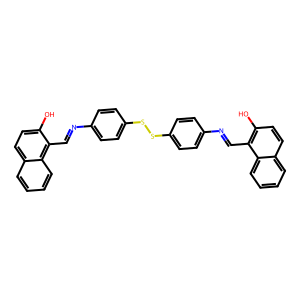
SMILES: Oc1ccc2ccccc2c1C=Nc1ccc(SSc2ccc(N=Cc3c(O)ccc4ccccc34)cc2)cc1
Inhibits HIV replication: No